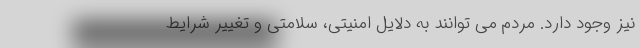
نیز وجود دارد. مردم می توانند به دلایل امنیتی، سلامتی و تغییر شرایط